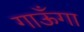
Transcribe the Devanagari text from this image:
गाऊँगा